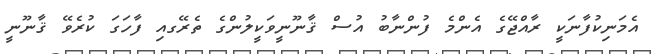
އެމަނިކުފާނަކީ ރާއްޖޭގެ އެންމެ ފުންނާބު އުސް ޤާނޫނީވަކީލުންގެ ތެރޭގއި ފާހަގަ ކުރެވޭ ޤާނޫނީ